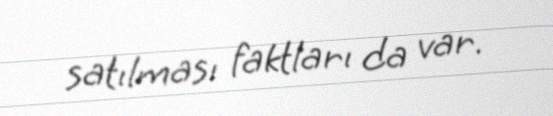
satılması faktları da var.